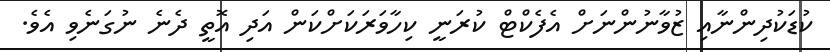
ކުޑަކުދިންނާއި ޒުވާނުންނަށް އެފެކްޓް ކުރަނީ ކިހާވަރަކަށްކަން އަދި އޮތީ ދެނެ ނުގަނެވި އެވެ.